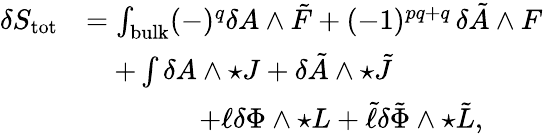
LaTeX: \begin{array}{rl}{\delta S_{\mathrm{tot}}}&{=\int_{\mathrm{bulk}}(-)^{q}\delta A\wedge\tilde{F}+(-1)^{pq+q}\, \delta\tilde{A}\wedge F}\\ &{\quad+\int\delta A\wedge\star J+\delta\tilde{A}\wedge\star\tilde{J}}\\ &{\qquad\qquad+\ell\delta\Phi\wedge\star L+\tilde{\ell}\delta\tilde{\Phi}\wedge\star\tilde{L},}\end{array}